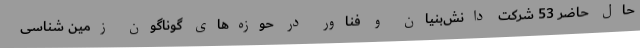
حال حاضر 53 شرکت دانش‌بنیان و فناور در حوزه‌های گوناگون زمین شناسی